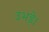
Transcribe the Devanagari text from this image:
उभड़े।